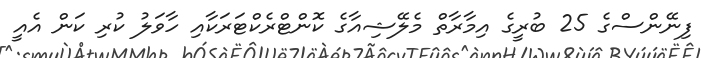
ފިނޭންސްގެ 25 ބުރީގެ އިމާރާތް މެލޭޝިއާގެ ކޮންޓްރެކްޓަރަކާއި ހާވަލު ކުރި ކަން އެއީ